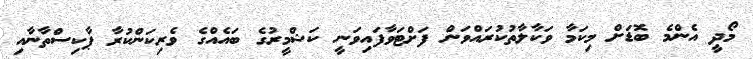
މޯދީ އެންމެ ބޮޑަށް މިކަމާ ވަކާލާތުކުރައްވަން ފަށްޓަވާފައިވަނީ ކަޝްމީރުގެ ބައެއްގެ ވެރިކަންކުރާ ޕާކިސްތާނާއި